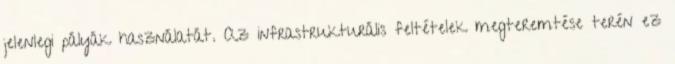
jelenlegi pályák használatát. Az infrastrukturális feltételek megteremtése terén ez